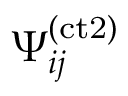
\Psi _ { i j } ^ { ( \mathrm { c t 2 } ) }